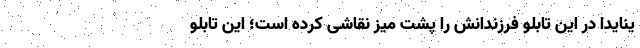
ینایدا در این تابلو فرزندانش را پشت میز نقاشی کرده است؛ این تابلو